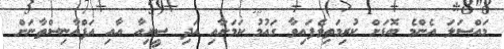
މައްސަލަ އެންމެ ބޮޑަށް ކުރިމަތިވެފައިވާ ގައުމު ކަމަށާއި އަދި ސީރިއާ އާއި އަފްޣާނިސްތާނަށް